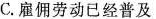
C. 雇佣劳动已经普及